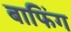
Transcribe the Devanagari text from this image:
बाफिंग